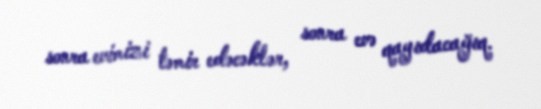
sonra evimizi təmir edəcəklər, sonra evə qayıdacağıq.